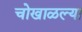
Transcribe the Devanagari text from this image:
चोखाळल्या